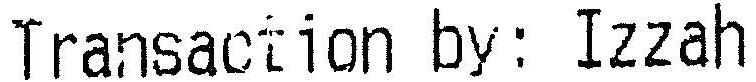
TRANSACTION BY: IZZAH